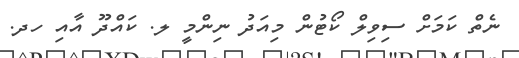
ނެތް ކަމަށް ސިވިލް ކޯޓުން މިއަދު ނިންމީ ލ. ކައްދޫ އާއި ހދ.